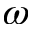
\omega